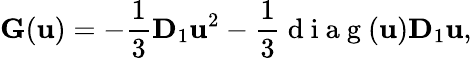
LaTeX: \mathbf{G}(\mathbf{u})=-\frac{1}{3}\mathbf{D}_{1}\mathbf{u}^{2}-\frac{1}{3}\mathrm{~d~i~a~g~}(\mathbf{u})\mathbf{D}_{1}\mathbf{u},